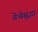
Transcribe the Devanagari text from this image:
तेथेसुद्धा